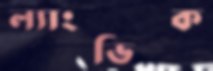
ল্যাংভিক